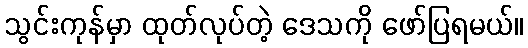
သွင်းကုန်မှာ ထုတ်လုပ်တဲ့ ဒေသကို ဖော်ပြရမယ်။